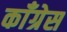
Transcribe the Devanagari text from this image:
काॅंग्रेस